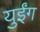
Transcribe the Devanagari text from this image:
युईंग